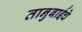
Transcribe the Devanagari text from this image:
तानुबाईचे